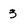
Character: 3